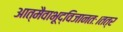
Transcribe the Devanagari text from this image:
आत्मैवाभूद्विजानतः।तत्र